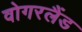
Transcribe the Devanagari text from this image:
वोगरलैंड